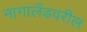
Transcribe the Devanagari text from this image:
नागालँडवरील